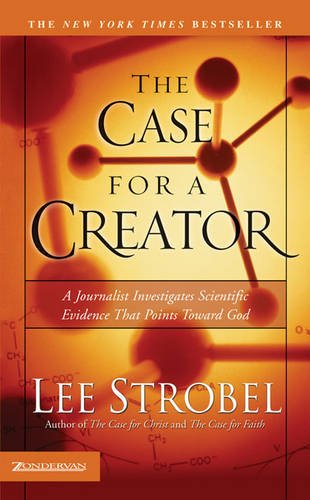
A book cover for The Case for a Creator: A Journalist Investigates Scientific Evidence That Points Toward God; Lee Strobel; Politics & Social Sciences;